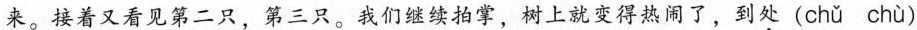
来。接着又看见第二只，第三只。我们继续拍掌，树上就变得热闹了，到处(chǔ chù)